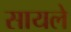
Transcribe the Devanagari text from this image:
सायले